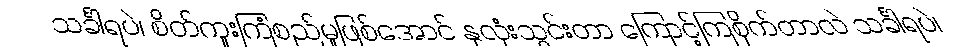
သင်္ခါရပဲ၊ စိတ်ကူးကြံစည်မှုဖြစ်အောင် နှလုံးသွင်းတာ ကြောင့်ကြစိုက်တာလဲ သင်္ခါရပဲ၊